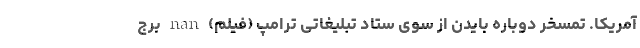
آمریکا. تمسخر دوباره بایدن از سوی ستاد تبلیغاتی ترامپ (فیلم) nan برج